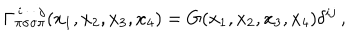
\Gamma _ { \pi \sigma \sigma \pi } ^ { \, i \, \cdot \, \cdot \, j } ( x _ { 1 } , x _ { 2 } , x _ { 3 } , x _ { 4 } ) = G ( x _ { 1 } , x _ { 2 } , x _ { 3 } , x _ { 4 } ) \delta ^ { i j } \, ,